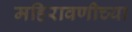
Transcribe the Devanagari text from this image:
महिरावणीच्या